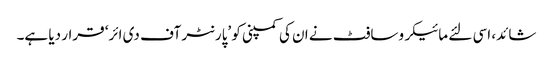
شائد، اسی لئے مائیکروسافٹ نے ان کی کمپنی کو ’پارنٹر آف دی ائر‘ قرار دیا ہے۔